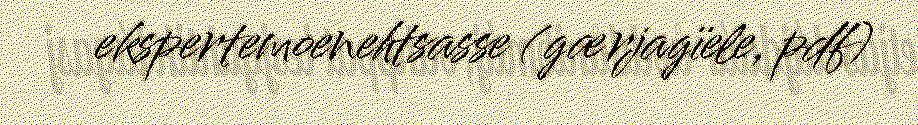
ekspertemoenehtsasse (gærjagïele, pdf)